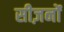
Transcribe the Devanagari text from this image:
सीज़नोंं